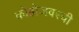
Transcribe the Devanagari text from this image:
कोहोजवरची